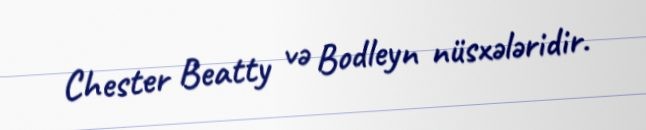
Chester Beatty və Bodleyn nüsxələridir.